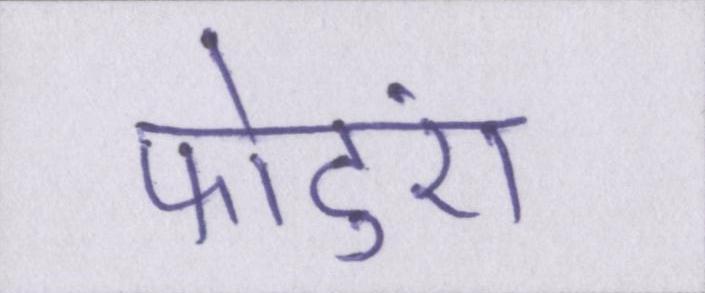
फोटुएं